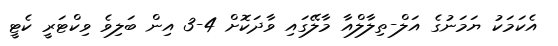
އެކަމަކު ޔަމަނުގެ އަލް-ތިލާލްއާ މާލޭގައި ވާދަކޮށް 4-3 އިން ބަލިވެ ވިކްޓަރީ ކެޓީ